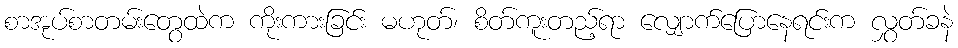
စာအုပ်စာတမ်းတွေထဲက ကိုးကားခြင်း မဟုတ်၊ စိတ်ကူးတည့်ရာ လျှောက်ပြောနေရင်းက လွှတ်ခနဲ